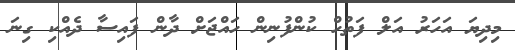
މިދިޔަ އަހަރު އަލް ފަތުހް ކުންފުނިން ހައްޖަށް ދާން ފައިސާ ދެއްކި ގިނަ